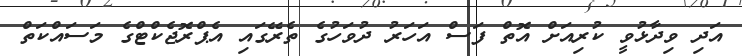
އަދި ވިދާޅުވީ ކުރިއަށް އޮތް ފަސް އަހަރު ދުވަހުގެ ތެރޭގައި އެޕްރޮޖެކްޓްގެ މަސައްކަތް